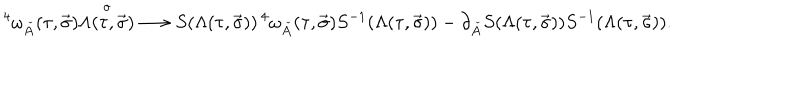
{ } ^ { 4 } \omega _ { \check { A } } ( \tau , \vec { \sigma } ) { \frac { \buildrel o } { \Lambda ( \tau , \vec { \sigma } ) } } \longrightarrow S ( \Lambda ( \tau , \vec { \sigma } ) ) \, { } ^ { 4 } \omega _ { \check { A } } ( \tau , \vec { \sigma } ) S ^ { - 1 } ( \Lambda ( \tau , \vec { \sigma } ) ) - \partial _ { \check { A } } S ( \Lambda ( \tau , \vec { \sigma } ) ) S ^ { - 1 } ( \Lambda ( \tau , \vec { \sigma } ) ) .